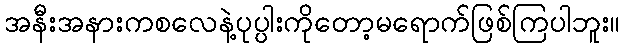
အနီးအနားကစလေနဲ့ပုပ္ပါးကိုတော့မရောက်ဖြစ်ကြပါဘူး။